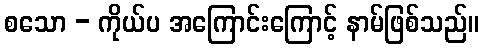
စသော - ကိုယ်ပ အကြောင်းကြောင့် နာမ်ဖြစ်သည်။